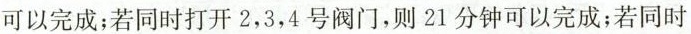
可以完成；若同时打开2，3，4号阀门，则21分钟可以完成；若同时